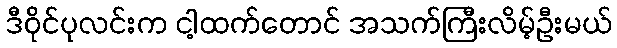
ဒီဝိုင်ပုလင်းက ငါ့ထက်တောင် အသက်ကြီးလိမ့်ဦးမယ်